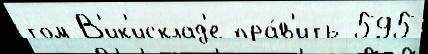
том В'ик'исклад'е пра́в'ить 595